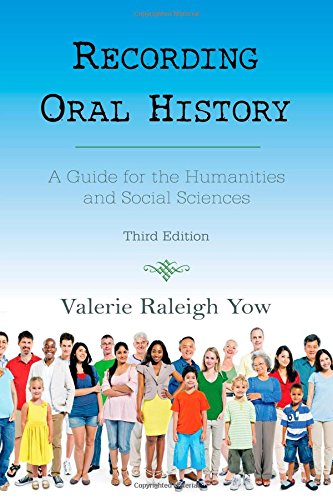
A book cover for Recording Oral History: A Guide for the Humanities and Social Sciences; Valerie Raleigh Yow; History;